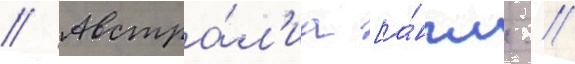
// Австра́л'иа [а́нгл. //